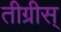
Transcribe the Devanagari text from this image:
तीग्रीस्